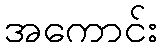
အကောင်း